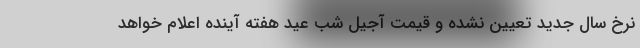
نرخ سال جدید تعیین نشده و قیمت آجیل شب عید هفته آینده اعلام خواهد